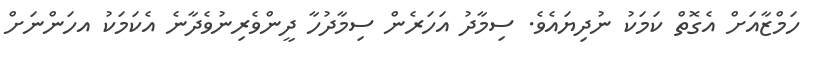
ހަމްޒާއަށް އެގޮތް ކަމަކު ނުދިޔައެވެ. ސިމާދު އަހަރެން ސިމާދުހާ ދީންވެރިނުވެދާނެ އެކަމަކު އހަންނަށް